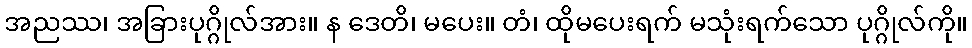
အညဿ၊ အခြားပုဂ္ဂိုလ်အား။ န ဒေတိ၊ မပေး။ တံ၊ ထိုမပေးရက် မသုံးရက်သော ပုဂ္ဂိုလ်ကို။